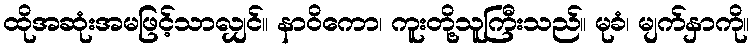
ထိုအဆုံးအမဖြင့်သာလျှင်။ နာဝိကော၊ ကူးတို့သူကြီးသည်။ မုခံ၊ မျက်နှာကို။